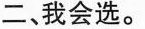
二、我会选。